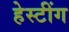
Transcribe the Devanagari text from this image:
हेस्टींग